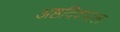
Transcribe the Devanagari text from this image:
अष्ठदिक्पाल